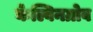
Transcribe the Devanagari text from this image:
केल्विनग्रोव